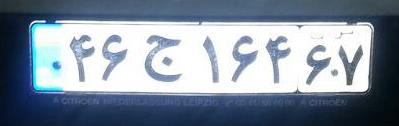
۴۶ج۱۶۴۶۷